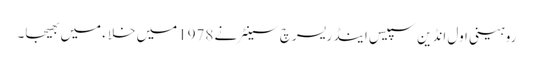
روہینی اول انڈین سپیس اینڈ ریسرچ سینٹر نے 1978میں خلاء میں بھیجا۔